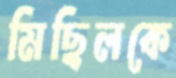
মিছিলকে